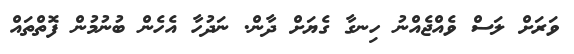
ވަރަށް ލަސް ވެއްޖެއްނު ހިނގާ ގެޔަށް ދާން. ނަދުހާ އެހެން ބުނުމުން ފޮތްތައް